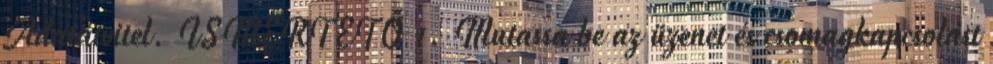
Adatátvitel. ISMERTETŐ 1. Mutassa be az üzenet és csomagkapcsolást